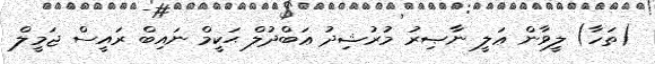
(ތަހާ) ލީވާން ޢަލީ ނާޞިރު މުރުޝިދު ޢަބްދުލް ޙަކީމް ނައިބް ރައީސް ޖަމީލް